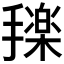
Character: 𰔰